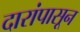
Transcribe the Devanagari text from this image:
दारांपासून